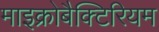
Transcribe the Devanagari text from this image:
माइक्रोबैक्टिरियम